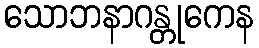
သောဘနာဂန္တုကေန